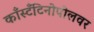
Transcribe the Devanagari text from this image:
काँस्टँटिनोपोलवर